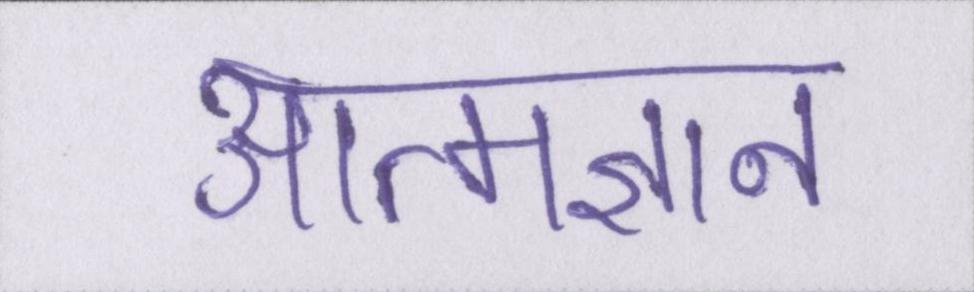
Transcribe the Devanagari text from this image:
आत्मज्ञान